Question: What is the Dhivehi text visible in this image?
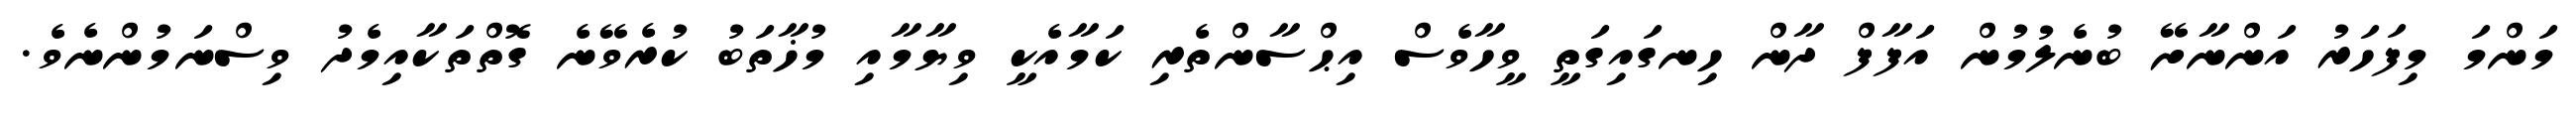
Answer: މަންމަ މިފަހަރު އަންނާށޭ ބުނެލުމުން އަފާފް ދާން ހިނގައިގަތީ ވީހާވެސް އިޙްސާންތެރި ކަމާއެކީ ވިޔާމާއި މުޚާތަބު ކުރެވޭނެ ގޮތްތަކާއިމެދު ވިސްނަމުންނެވެ.